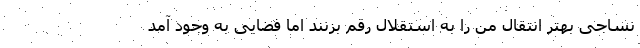
نساجی بهتر انتقال من را به استقلال رقم بزنند اما فضایی به وجود آمد